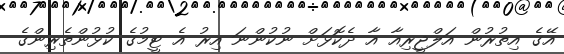
އޭގެ އިތުރުން އަލްޖީރިއާ އާ ދެކޮޅަށް ނުކުންނަ އިރު އެ ޓީމުގެ ކުޅުންތެރިންގެ